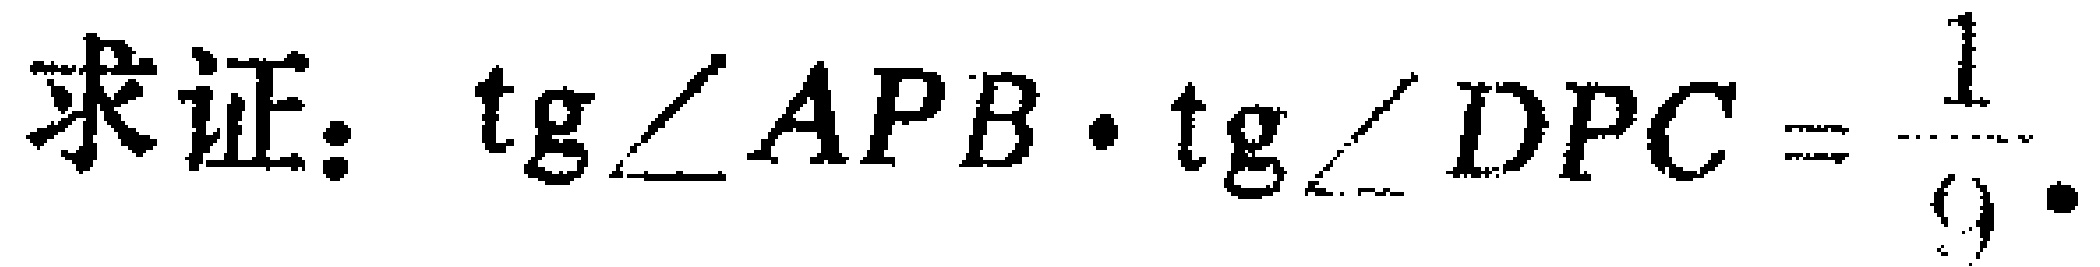
求证：$\operatorname{tg}\angle APB\cdot\operatorname{tg}\angle DPC=\frac{1}{9}$.